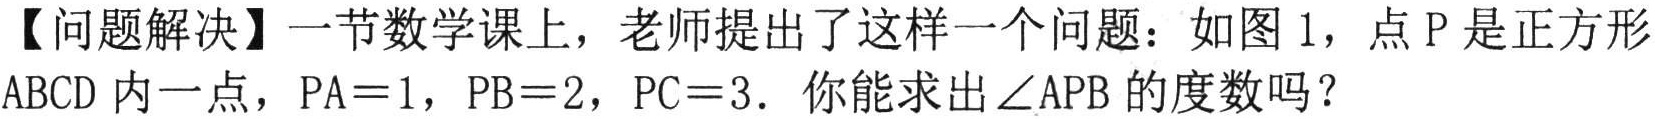
【问题解决】一节数学课上，老师提出了这样一个问题：如图 1，点 \(P\) 是正方形 \(ABCD\) 内一点，\(PA = 1\)，\(PB = 2\)，\(PC = 3\)．你能求出 \(\angle APB\) 的度数吗？